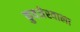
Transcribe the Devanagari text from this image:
कुवजेरवाला